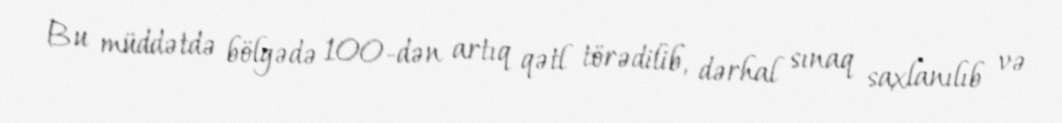
Bu müddətdə bölgədə 100-dən artıq qətl törədilib, dərhal sınaq saxlanılıb və